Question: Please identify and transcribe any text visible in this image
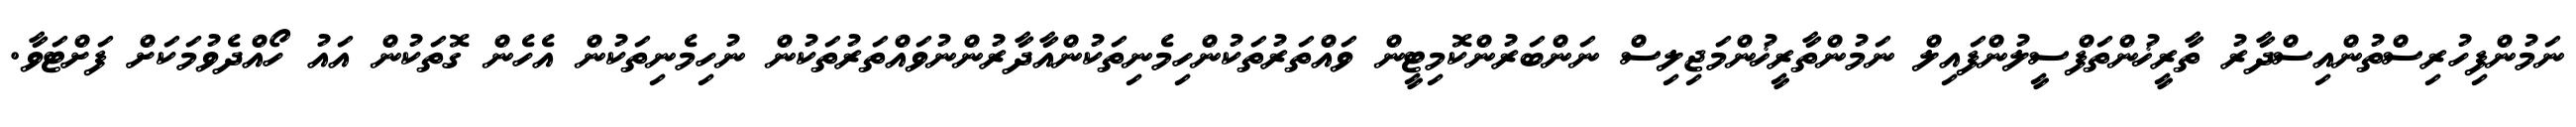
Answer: ނަމުންފިހުރިސްތުންއިސްދާރު ތާރީޚުންތަފްސީލުންފައިލް ނަމުންތާރީޚުންމަޖިލިސް ނަންބަރުންކޮމިޓީން ވައްތަރުތަކުންހިމެނިތަކުންއާދާރުންނުވައްތަރުތަކުން ނުހިމެނިތަކުން އެހެން ގޮތަކުން އައު ހޯއްދެވުމަކަށް ފަށްޓަވާ.